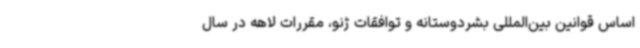
اساس قوانین بین‌المللی بشردوستانه و توافقات ژنو، مقررات لاهه در سال